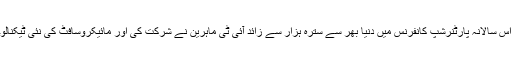
واشنگٹن میں منعقد ہونے والی مائیکروسافٹ کی اس سالانہ پارٹنرشپ کانفرنس میں دنیا بھر سے سترہ ہزار سے زائد آئی ٹی ماہرین نے شرکت کی اور مائیکروسافٹ کی نئی ٹیکنالوجی اور مستقبل کے رجحانات پر تبادلہٴ خیال کیا۔